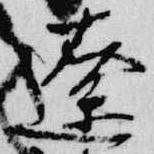
遼